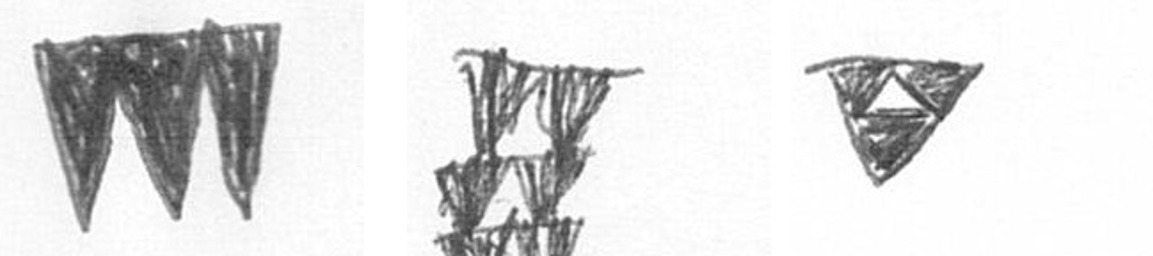
L Y S